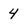
Character: 4